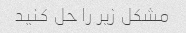
مشکل زیر را حل کنید